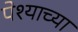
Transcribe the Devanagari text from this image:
पेश्याच्या